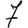
Digit: 7